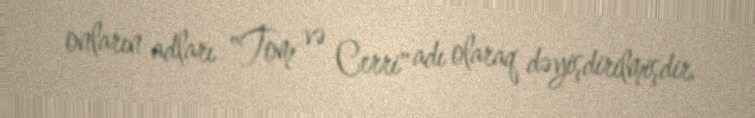
onların adları "Tom və Cerri" adı olaraq dəyişdirilmişdir.